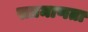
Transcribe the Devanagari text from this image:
सप्रमाणता